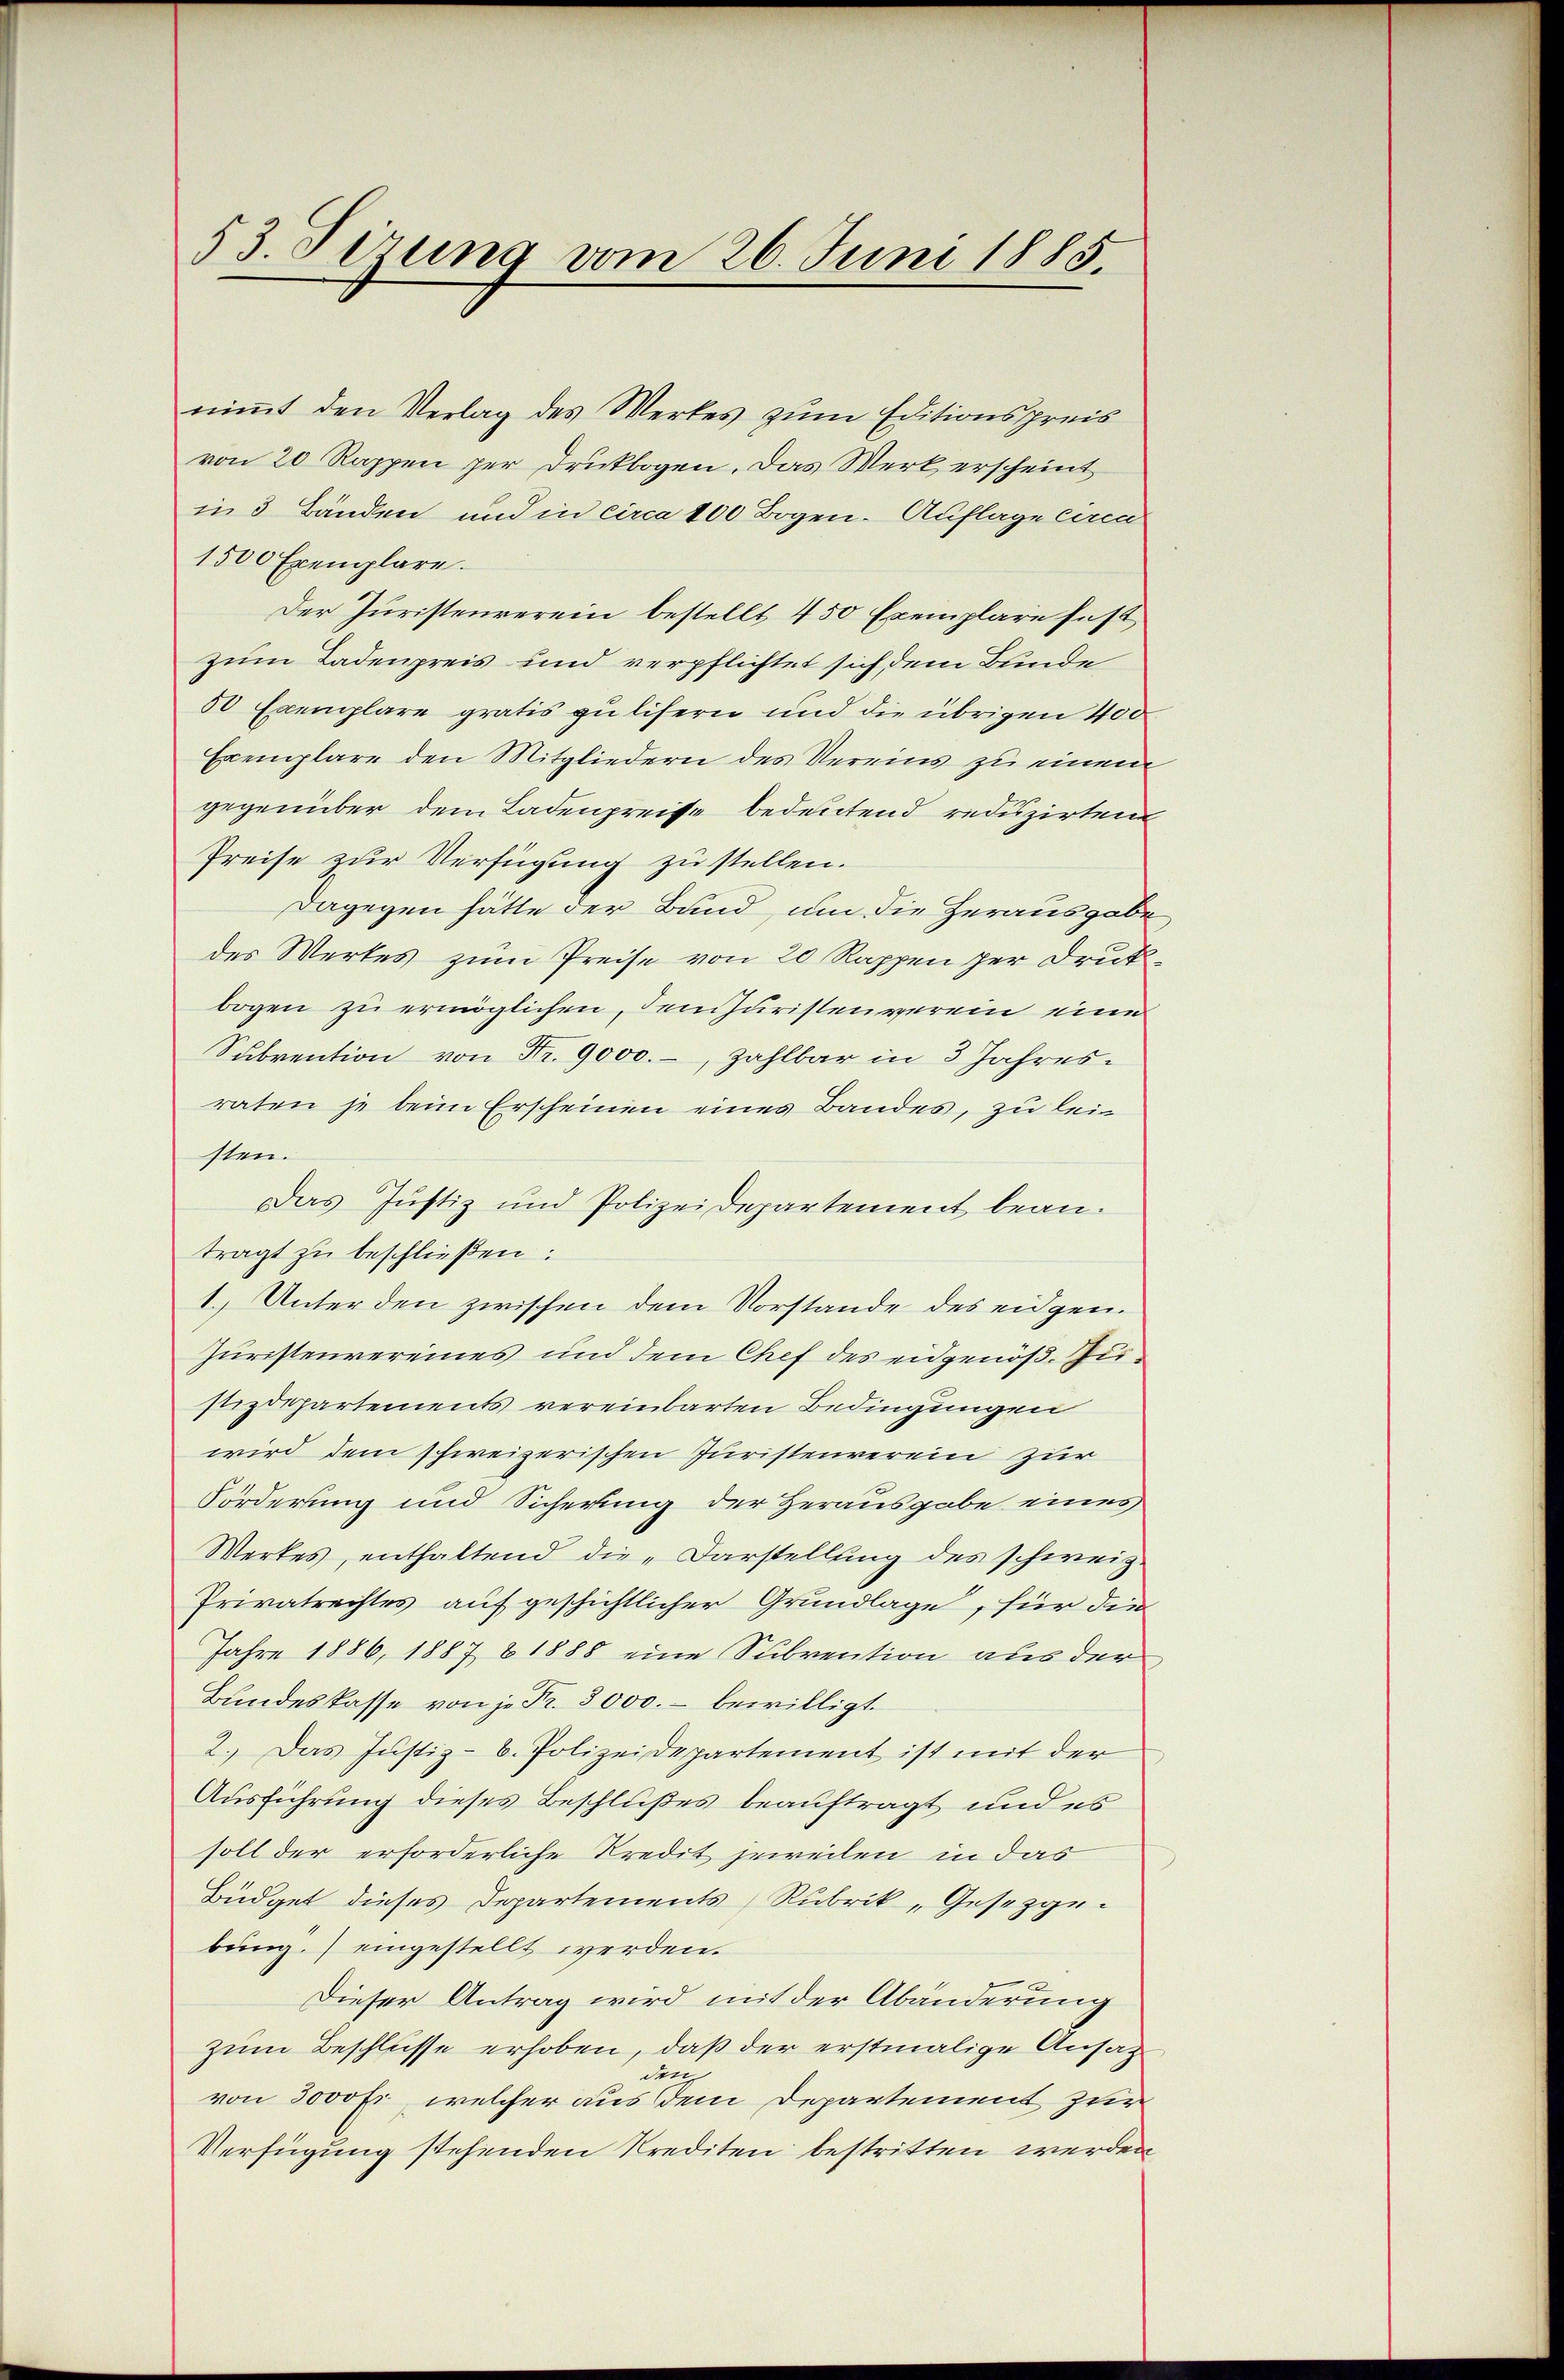
53. Sizung vom 26. Juni 1885.

nimmt den Verlag des Werkes zum Editionspreis
von 20 Rappen per Druckbogen. Das Werk erscheint
in 3 Bänden und in circa 100 Bogen-Auflage linen
1500 Exemplare.
Der Juristenverein bestellt 450 Exemplare fest
zum Ladenpreis und verpflichtet sich dem Bunde
50 Exemplare gratis zu lisern und die übrigen 400
Exemplare den Mitgliedern des Vereins zu einem
gegenüber dem Ladenpreise bedeutend reduzirten
Preise zur Verfügung zu stellen.
Dagegen hätte der Bund, um die Herausgabe
des Werkes zum Preise von 20 Rappen per Drukbogen zu ermöglichen, dem Juristenverein eine
Subvention von Fr. 9000.-, zahlbar in 3 Jahresraten je beim Erscheinen eines Bandes, zu leisten.
Das Justiz und Polizeidepartement bean-
tragt zu beschließen:
1. Unterden zwischen dem Vorstande des eidgen.
Juristenvereines und dem Chef des eidgenöß. Zustizdepartements vereinbarten Bedingungen
wird dem schweizerischen Juristenverein zur
Förderung und Sicherung der Herausgabe eines
Werkes, enthaltend die „Darstellung des schweiz.
Privatrechtes auf geschichtlicher Grundlage, für die
Jahre 1886, 1887 § 1888 eine Subvention aus der
Bundeskasse von je Fr. 3000.- bewilligt.
2.) Das Justiz- B. Polizeidepartement ist mit der
Ausführung dieses Beschlußes beauftragt und es
soll der erforderliche Kredit jeweilen in das
Büdget dieses Departements Rubrik „Gesetzgebung.) eingestellt werden.
.
Dieser Antrag wird mit der Abänderung
zum Beschlüsse erhoben, daß der erstmalige Ansag
den
von 3000 Fr, welcher aus dem Departement zur
Verfügung stehenden Krediten bestritten werden